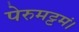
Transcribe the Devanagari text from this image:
पेरुमट्टमं।